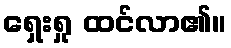
ရှေးရှု ထင်လာ၏။